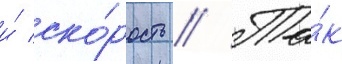
и́ ско́рость // Та́к